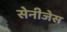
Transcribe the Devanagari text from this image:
सेनीजेस